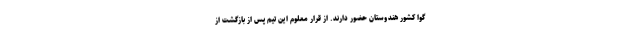
گوا کشور هندوستان حضور دارند. از قرار معلوم این تیم پس از بازگشت از